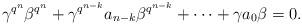
LaTeX: \begin{align*} \gamma^{q^n}\beta^{q^n}+\gamma^{q^{n-k}}a_{n-k}\beta^{q^{n-k}}+\cdots +\gamma a_0 \beta=0. \end{align*}